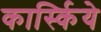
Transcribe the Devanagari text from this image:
कार्स्किये